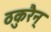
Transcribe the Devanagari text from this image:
ठकुरैन्